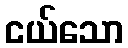
ငယ်သော